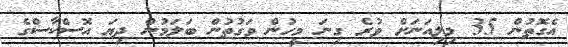
އެގޮތުން 35 މިލިއަނަށް ވުރެ ގިނަ މީހުން ވަގުތުން ބަލަމުން ދިޔަ އޮސްކާސްގެ